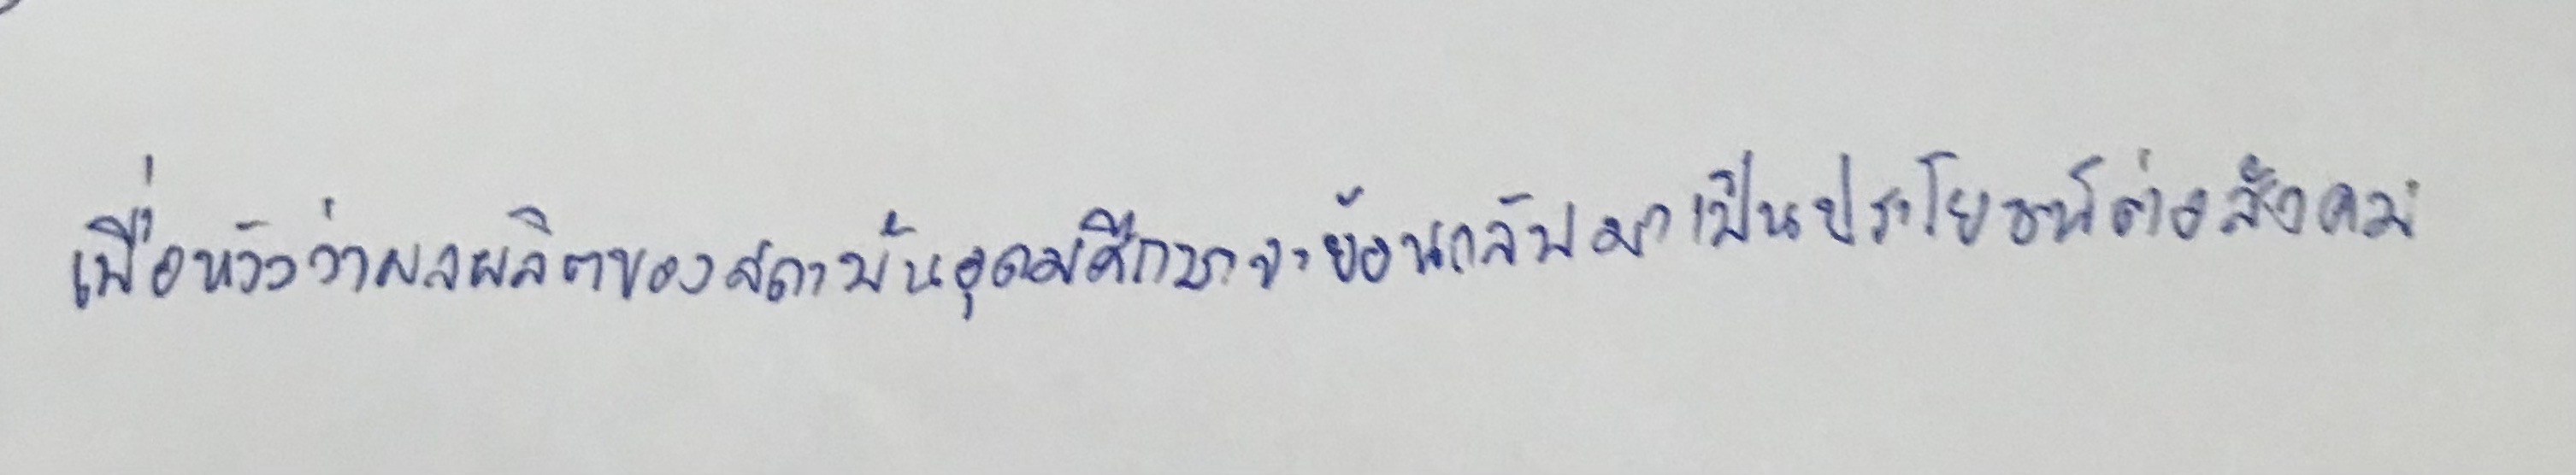
เพื่อหวังว่าผลผลิตของสถาบันอุดมศึกษาจะย้อนกลับมาเป็นประโยชน์ต่อสังคม